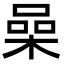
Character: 喿